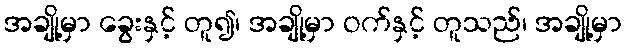
အချို့မှာ ခွေးနှင့် တူ၍၊ အချို့မှာ ဝက်နှင့် တူသည်၊ အချို့မှာ